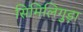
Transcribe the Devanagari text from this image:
सिमिलिगुड़ा